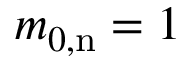
m _ { 0 , \mathrm { n } } = 1